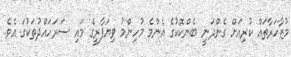
މުޒާހަރާތައް ކުރިއަށް ގެންދަނީ ބެންކޮކުގެ އެންމެ މުހިންމު ވިޔަފާރީގެ މައި ސަރަހައްދުތަކުގަ އެވެ.